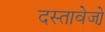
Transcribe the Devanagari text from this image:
दस्तावेजो़